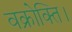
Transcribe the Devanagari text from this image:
वक्रोक्ति।